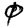
Digit: 0